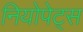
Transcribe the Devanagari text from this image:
नियोपेट्स